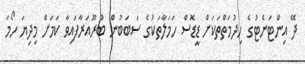
ދޭ އިންޓަނެޓުގެ ހިދުމަތްތަކަށް ޑީޑޮސް ހަމަލާތަކުގެ ސަބަބުން ބުރޫއަރާފައިވާ ކަމަށް މިދިޔަ ހޯމަ